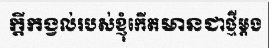
ក្តីកង្វល់របស់ខ្ញុំកើតមានជាថ្មីម្តង